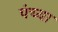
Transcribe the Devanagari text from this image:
पंच्या